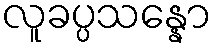
လူခပ္ပသန္နော